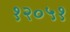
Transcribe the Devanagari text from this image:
१२०५१